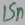
Text: 15n